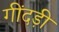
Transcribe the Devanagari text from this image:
गींदड़ी